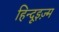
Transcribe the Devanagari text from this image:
हिन्दूइज़्म